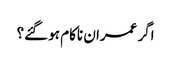
اگر عمران ناکام ہو گئے؟